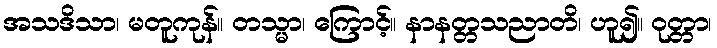
အသဒိသာ၊ မတူကုန်။ တသ္မာ၊ ကြောင့်။ နာနတ္တသညာတိ၊ ဟူ၍။ ဝုတ္တာ၊